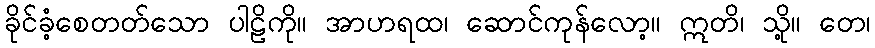
ခိုင်ခံ့စေတတ်သော ပါဠိကို။ အာဟရထ၊ ဆောင်ကုန်လော့။ ဣတိ၊ သို့။ တေ၊